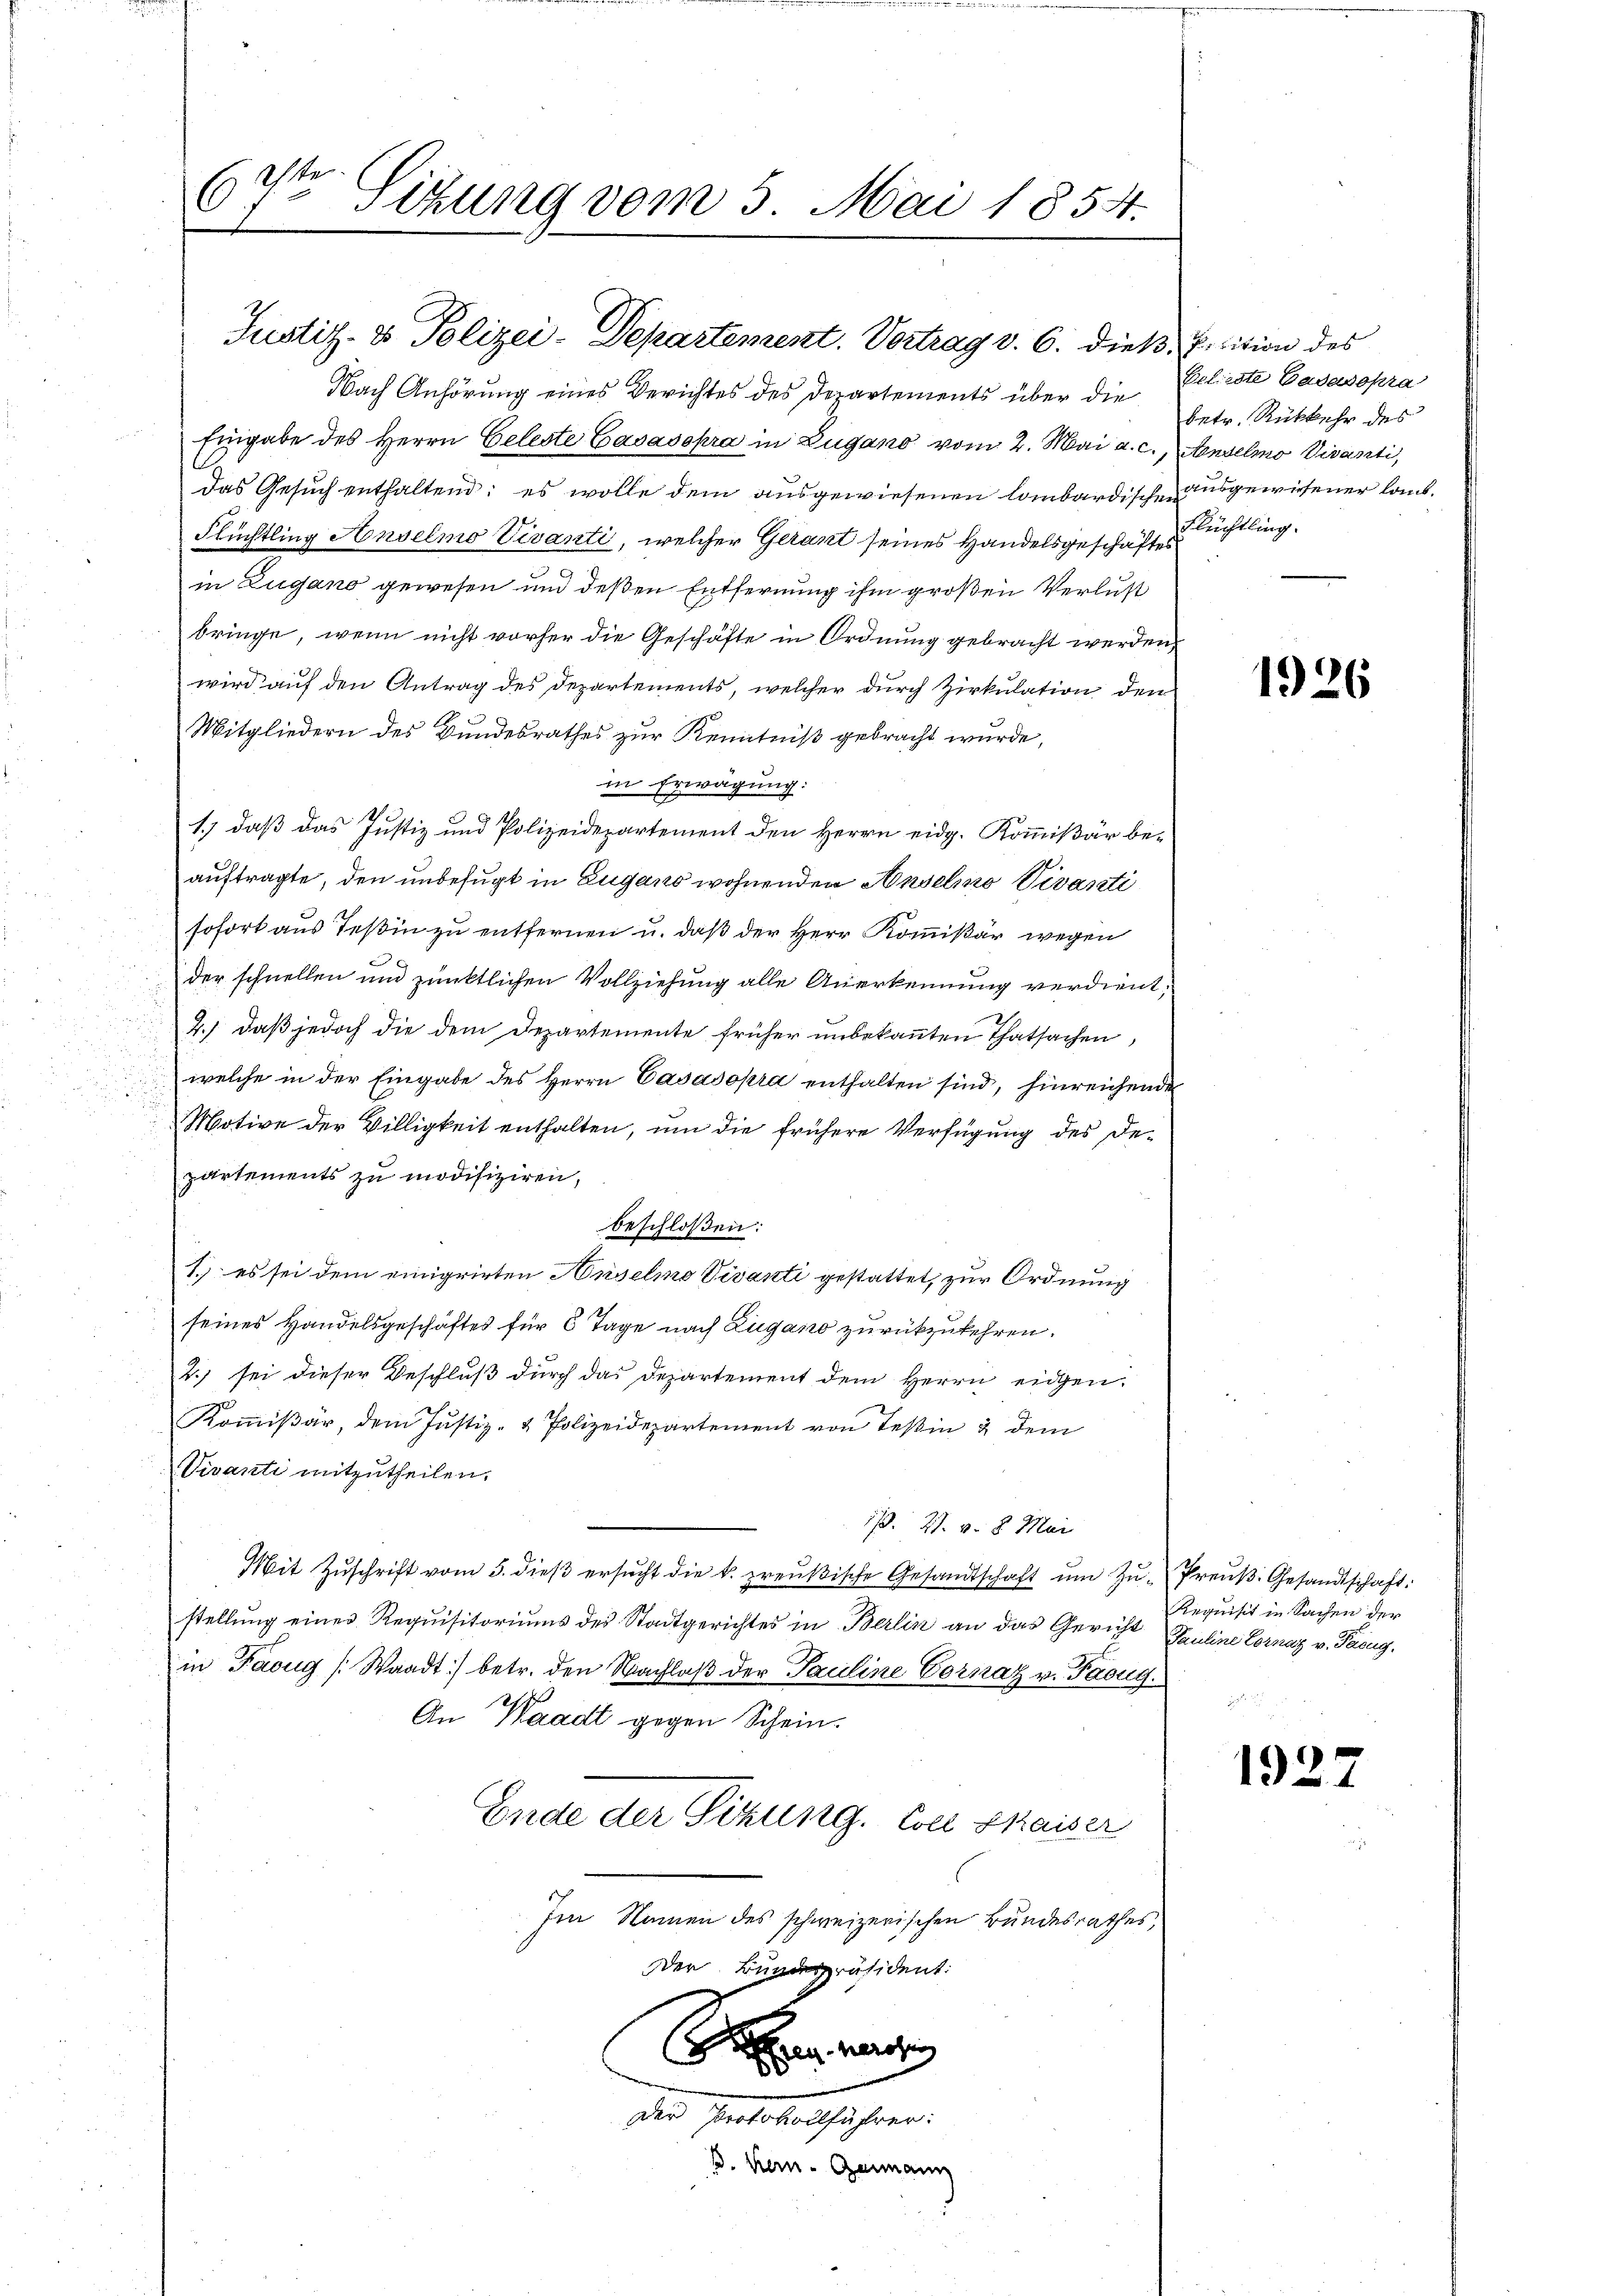
Nach Anhörung eines Berichtes des Departements über die
Eingabe des Herrn Celeste Gasasopra in Zugano vom 2. Mai a. c.,
das Gesuch enthaltend; es wolle dem ausgewiesenen lombardische ausgewesener laub¬
Flüchtling Anselmo Vivanti, welcher Gerant seines Handelsgeschäftes
in Zugano gewesen und deßen Entfernung ihm großen Verlust
bringe, wenn nicht vorher die Geschäfte in Ordnung gebracht werden,
wird auf den Antrag des Departements, welcher durch Zirkulation den
Mitgliedern des Bundesrathes zur Kenntniß gebracht wurde,
in Erwägung:
.
1.) daß das Justiz und Polizeidepartement den Herrn eidg. Kommißär beauftragte, den unbefugt in Zugano wohnenden Anselmo Vivasati
sofort aus Teßin zu entfernen u. daß der Herr Kommißär wegen
der schnellen und pünktlichen Vollziehung alle Anerkennung verdient,
2.) daß jedoch die dem Departemente früher unbekannten Thatsachen,
welche in der Eingabe des Herrn Casasopra enthalten sind, hinreichende
Motive der Willigkeit enthalten, um die frühere Verfügung des De-
partements zu modifiziren,
beschloßen:
1.) es sei dem einigrirten Duselno Vivanti gestattet, zur Ordnung
seines Handelsgeschäftes für 6 Tage nach Zugano zurückzukehren.
2.) sei dieser Beschluß durch das Departement dem Herrn eidgen.
Koṁmiβär, dem Justiz- & Polizeidepartement von Teßin & dem
Vivanti mitzutheilen.
1/3. 27. v. 8. Mai
Mit Zŭschrift vom 5. dieβ ersŭcht die k. preŭβische Gesandtschaft ŭm Zŭ-Preŭβ. Gesandtschaft:
stellung eines Requisitoriums des Stadtgerichtes in Berlin an das Gericht Pauline Cornaz v. Pacug.
in Facug (Waadt) betr. den Nachlaß der Pauline Cornaz v. Paoug¬
An Waadt gegen Schein.
Ende der Sitzung. Coll Kaiser
Im Namen des schweizerischen Bundesrathes,
Der Bundespräsident:
Se unte
der Protokollführer:
B. Kern- Genann

6te Sitzung vom 5. Mai 1854.

Justiz- & Polizei-Departement. Vortrag v. 6. dieß, Fisition des

Beliebte Cadasopra
betr. Rückkehr des
Aendelmo Vivanti,
Flüchtling.

1926

Requisit in Sachen der

1927